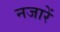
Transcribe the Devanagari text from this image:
नजारें